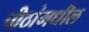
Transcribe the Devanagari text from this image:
पीठांमधील